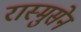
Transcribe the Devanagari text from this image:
रास्मुसेन